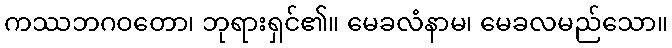
ကဿဘဂဝတော၊ ဘုရားရှင်၏။ မေခလံနာမ၊ မေခလမည်သော။